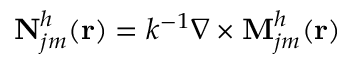
\mathbf { N } _ { j m } ^ { h } ( \mathbf { r } ) = k ^ { - 1 } \nabla \times \mathbf { M } _ { j m } ^ { h } ( \mathbf { r } )